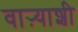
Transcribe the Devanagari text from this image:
वाऱ्याशी